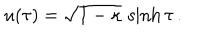
u ( \tau ) = \sqrt { 1 - \kappa } \, \sinh \tau \, .